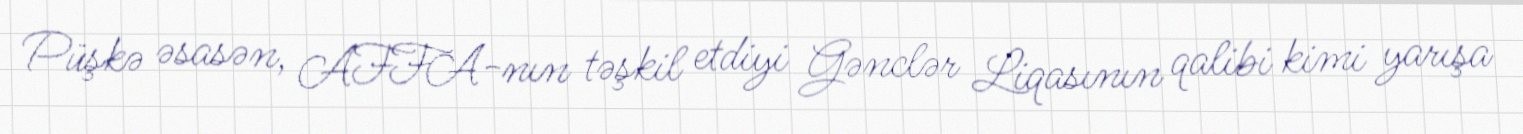
Püşkə əsasən, AFFA-nın təşkil etdiyi Gənclər Liqasının qalibi kimi yarışa